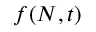
f ( N , t )